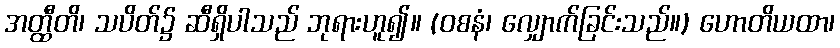
အတ္ထီတိ၊ သပိတ်၌ ဆီရှိပါသည် ဘုရားဟူ၍။ (ဝစနံ၊ လျှောက်ခြင်းသည်။) ဟောတိယထာ၊